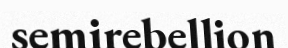
semirebellion